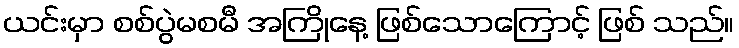
ယင်းမှာ စစ်ပွဲမစမီ အကြိုနေ့ ဖြစ်သောကြောင့် ဖြစ် သည်။